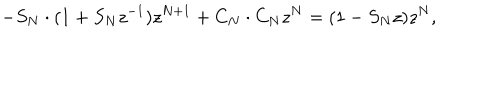
- S _ { N } \cdot ( 1 + S _ { N } z ^ { - 1 } ) z ^ { N + 1 } + C _ { N } \cdot C _ { N } z ^ { N } = ( 1 - S _ { N } z ) z ^ { N } ,